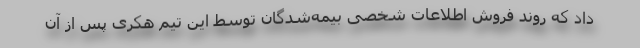
داد که روند فروش اطلاعات شخصی بیمه‌شدگان توسط این تیم هکری پس از آن